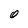
Character: O